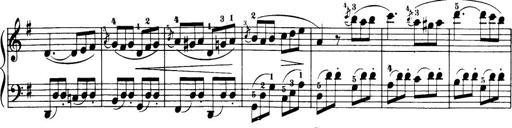
Title: 32 Sonatinas and Rondos for the Piano
Composer: Richard Kleinmichel